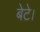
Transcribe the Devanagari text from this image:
बेटे।